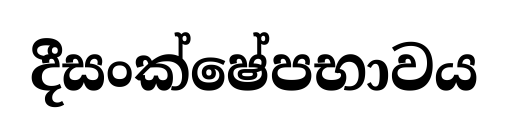
දීසංක්ෂේපභාවය